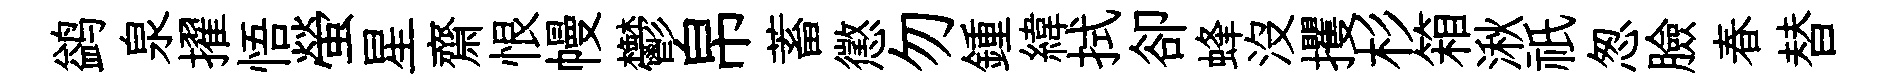
鹢泉擢悟螢星齋恨幔鬱帛蓄懲勿鍾緯拭卻蜂没攫杉箱湫祇怱臉春替